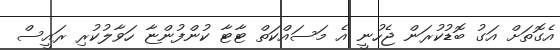
އެގޮތަށް އަގު ބޮޑުކުރަން ޖެހުނީ އެ މަސައްކަތް ޓާޓާ ކުންފުންޏާ ހަވާލުކުރި ރައީސް